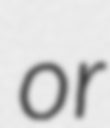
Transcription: or